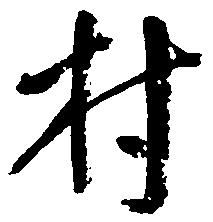
村